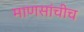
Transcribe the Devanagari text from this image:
माणसांचीच